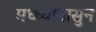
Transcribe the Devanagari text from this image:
मध्ध्यापासुन